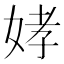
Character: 𫰪